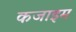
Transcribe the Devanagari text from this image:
कजाइम